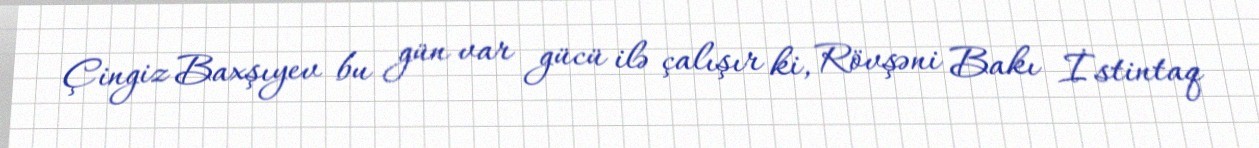
Çingiz Baxşıyev bu gün var gücü ilə çalışır ki, Rövşəni Bakı İstintaq